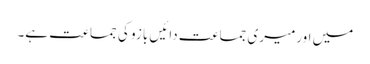
میں اورمیری جماعت دائیں بازو کی جماعت ہے۔